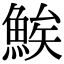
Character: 𬵖